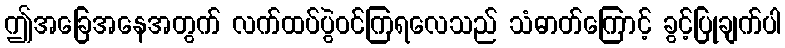
ဤအခြေအနေအတွက် လက်ထပ်ပွဲဝင်ကြရလေသည် သံဓာတ်ကြောင့် ခွင့်ပြုချက်ပါ